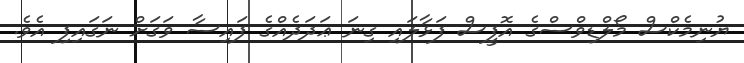
ޔުނިމެކްސް މޯލްޑިވްސްގެ އޮފީސް ފަޅާލައި ގިނަ ޢަދަދެއްގެ ފައިސާ ވަގަށް ނަގައިފި އެވެ.